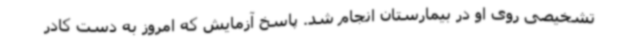
تشخیصی روی او در بیمارستان انجام شد. پاسخ آزمایش که امروز به دست کادر